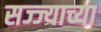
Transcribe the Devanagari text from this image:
सज्ज्याच्या